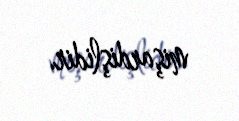
mişardişlidir.